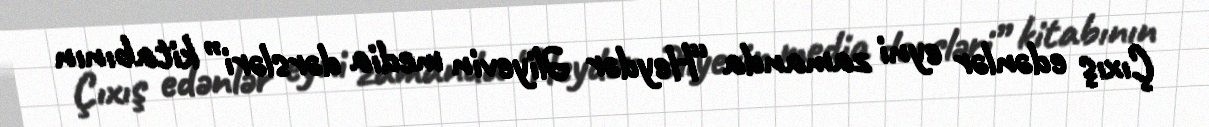
Çıxış edənlər eyni zamanda “Heydər Əliyevin media dərsləri” kitabının